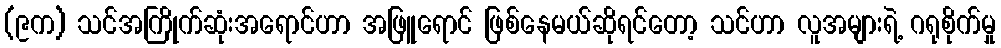
(၉က) သင်အကြိုက်ဆုံးအရောင်ဟာ အဖြူရောင် ဖြစ်နေမယ်ဆိုရင်တော့ သင်ဟာ လူအများရဲ့ ဂရုစိုက်မှု